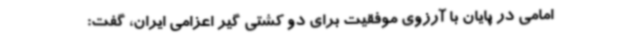
امامی در پایان با آرزوی موفقیت برای دو کشتی گیر اعزامی ایران، گفت: